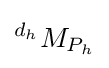
^{d_{h}}M_{P_{h}}